Lunatic asylums Central Provinces reports 1874-1885 - 1874-1885
Year: 1874
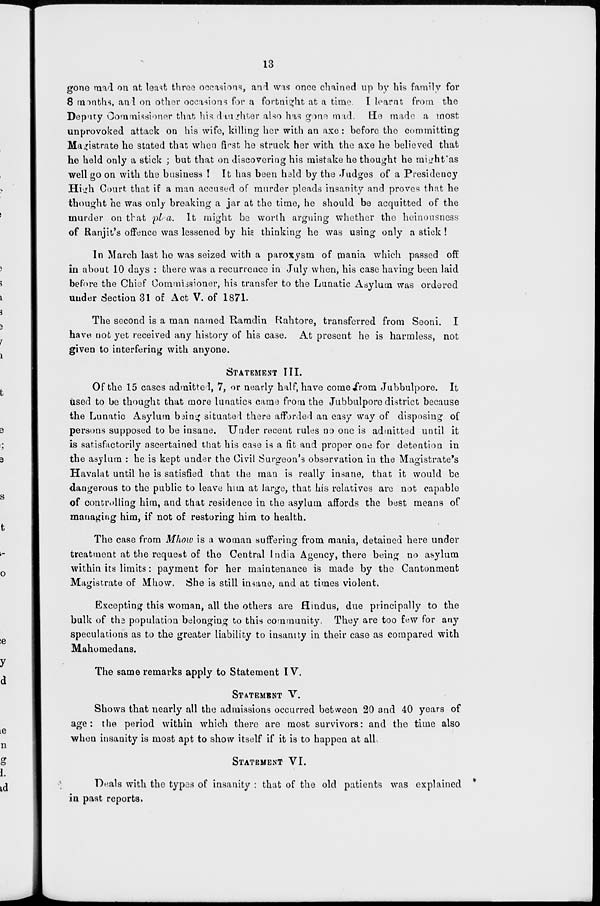
13
gone mad on at least three occasions, and was once chained up by his family for
8 months, and on other occasions for a fortnight at a time. I learnt from the
Deputy Commissioner that his daughter also has gone mad. He made a most
unprovoked attack on his wife, killing her with an axe: before the committing
Magistrate he stated that when first he struck her with the axe he believed that
he held only a stick ; but that on discovering his mistake he thought he might as
well go on with the business ! It has been held by the Judges of a Presidency
High Court that if a man accused of murder pleads insanity and proves that he
thought he was only breaking a jar at the time, he should be acquitted of the
murder on that plea. It might be worth arguing whether the heinousness
of Ranjit's offence was lessened by his thinking he was using only a stick!
In March last he was seized with a paroxysm of mania which passed off
in about 10 days : there was a recurrence in July when, his case having been laid
before the Chief Commissioner, his transfer to the Lunatic Asylum was ordered
under Section 31 of Act V. of 1871.
The second is a man named Ramdin Rahtore, transferred from Seoni. I
have not yet received any history of his case. At present he is harmless, not
given to interfering with anyone.
STATEMENT
III.
Of the 15 cases admitted, 7, or nearly half, have come from Jubbulpore. It
used to be thought that more lunatics came from the Jubbulpore district because
the Lunatic Asylum being situated there afforded an easy way of disposing of
persons supposed to be insane. Under recent rules no one is admitted until it
is satisfactorily ascertained that his case is a fit and proper one for detention in
the asylum : he is kept under the Civil Surgeon's observation in the Magistrate's
Havalat until he is satisfied that the man is really insane, that it would be
dangerous to the public to leave him at large, that his relatives are not capable
of controlling him, and that residence in the asylum affords the best means of
managing him, if not of restoring him to health.
The case from Mhow is a woman suffering from mania, detained here under
treatment at the request of the Central India Agency, there being no asylum
within its limits: payment for her maintenance is made by the Cantonment
Magistrate of Mhow. She is still insane, and at times violent.
Excepting this woman, all the others are Hindus, due principally to the
bulk of the population belonging to this community. They are too few for any
speculations as to the greater liability to insanity in their case as compared with
Mahomedans.
The same remarks apply to Statement IV.
STATEMENT V.
Shows that nearly all the admissions occurred between 20 and 40 years of
age: the period within which there are most survivors: and the time also
when insanity is most apt to show itself if it is to happen at all.
STATEMENT VI.
Deals with the types of insanity : that of the old patients was explained
in past reports.